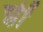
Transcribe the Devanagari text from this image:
झीं